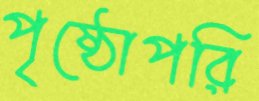
পৃষ্ঠোপরি